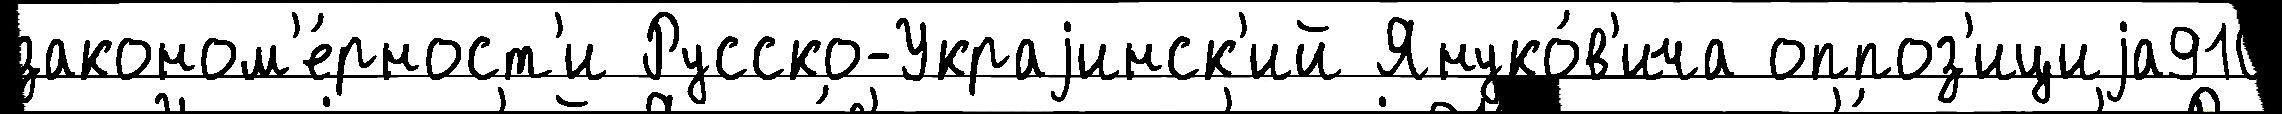
законом'е́рност'и Русско-Украjинск'ий Януко́в'ича оппоз'ициjа910